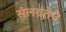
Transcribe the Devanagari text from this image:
संलग्नतेचे